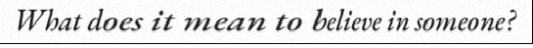
What does it mean to believe in someone?